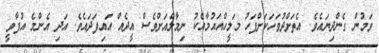
ވަމުން ގެންދިޔައެވެ. އެތަށްދުވަހަކަށްފަހު މަލީހްއައުމާއެކު ނިމާލްއަށްވެސް އީދެއް އައިފަދައެެވެ. އަދި އެންމެ އުފާވީ